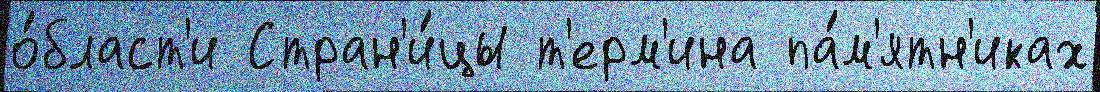
о́бласт'и Стран'и́цы т'ерм'ина па́м'ятн'иках